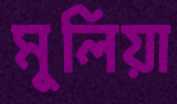
মুলিয়া